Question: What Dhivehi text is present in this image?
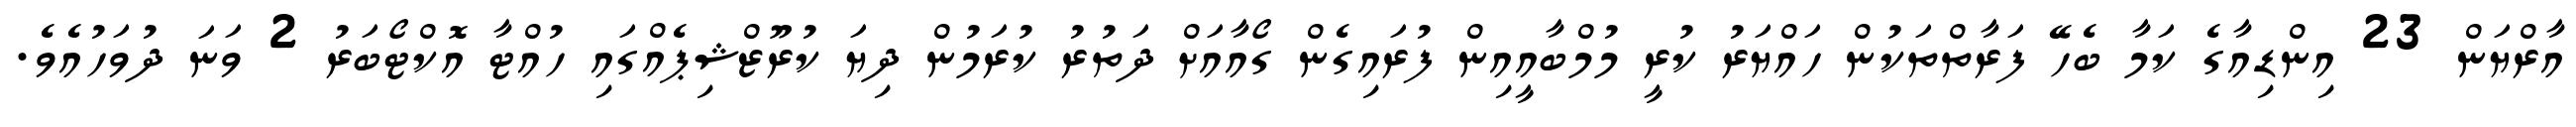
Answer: އާރްޔަން 23 އިންޑިއާގެ ކަމާ ބެހޭ ފަރާތްތަކުން ހައްޔަރު ކުރީ މުމްބާއީއިން ފުރައިގެން ގޯއާއަށް ދަތުރު ކުރަމުން ދިޔަ ކުރޫޒްޝިޕެއްގައި ހުއްޓާ އޮކްޓޯބަރު 2 ވަނަ ދުވަހުއެވެ.